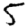
Digit: 5